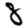
Digit: 8